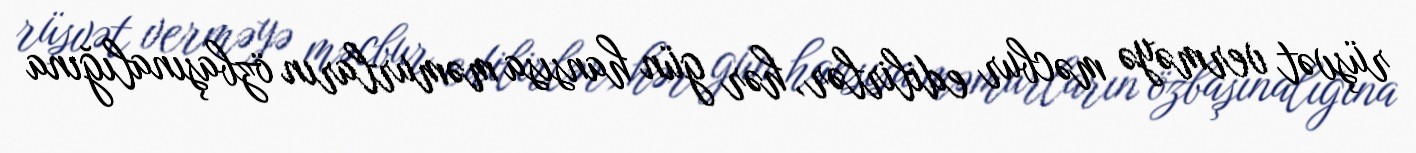
rüşvət verməyə məcbur edilirlər, hər gün hansısa məmurların özbaşınalığına